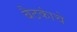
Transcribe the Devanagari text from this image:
बैठकांचे